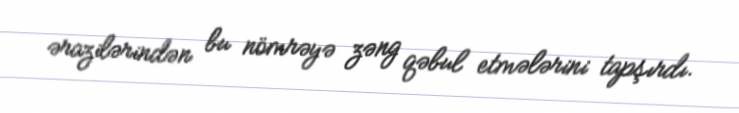
ərazilərindən bu nömrəyə zəng qəbul etmələrini tapşırdı.